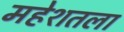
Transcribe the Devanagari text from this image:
महेशतला